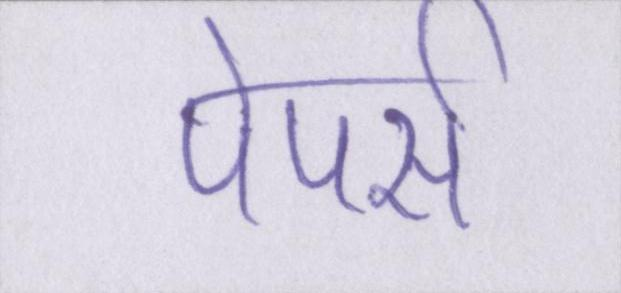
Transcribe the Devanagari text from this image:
पेपर्स